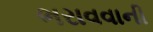
ભરાવવાની